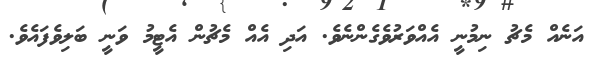
އަނެއް މެޗު ނިމުނީ އެއްވަރުވެގެންނެވެ. އަދި އެއް މެޗުން އެޓީމު ވަނީ ބަލިވެފައެވެ.